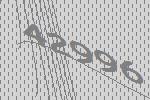
42996